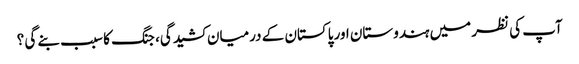
آپ کی نظر میں ہندوستان اور پاکستان کے درمیان کشیدگی، جنگ کا سبب بنے گی ؟